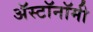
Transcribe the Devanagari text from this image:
ॲस्टॉनॉमी